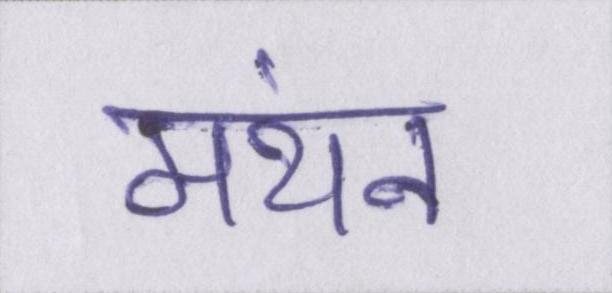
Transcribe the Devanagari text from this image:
मंथन